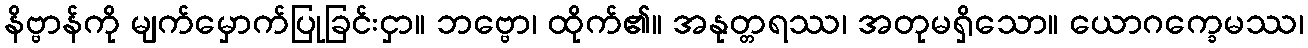
နိဗ္ဗာန်ကို မျက်မှောက်ပြုခြင်းငှာ။ ဘဗ္ဗော၊ ထိုက်၏။ အနုတ္တရဿ၊ အတုမရှိသော။ ယောဂက္ခေမဿ၊